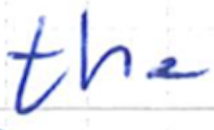
Text: the
Cross-out: clean
Writing tool: ballpoint